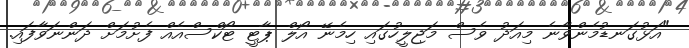
"އަޅުގަނޑުމެންވާނެ މިއަދު ވެސް މަޖިލީހުގައި ހިމެނޭ އޯލް ޕާޓީ ޓޯކްސްއެއް ފެށުމަށް ދަންނަވާފައި.